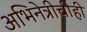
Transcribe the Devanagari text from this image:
अभिनेत्रीचीही